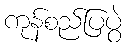
ကုန်စည်ပြပွဲ